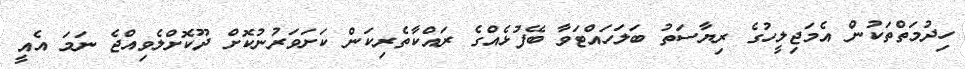
ހިދުމަތްތަކުން އެމަޖިލީހުގެ ރިޔާސަތު ބަލަހައްޓަވާ ބޭފުޅެއްގެ ރައްކާތެރިކަން ކަށަވަރުނުކޮށް ދޫކޮށްލެވިއްޖެ ނަމަ އެއީ